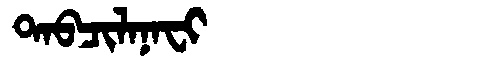
Manchu: ᡨᠠᠪᠴᡳᠯᠠᠨᠠᠸᡳ
Romanization: TABCILANAFI